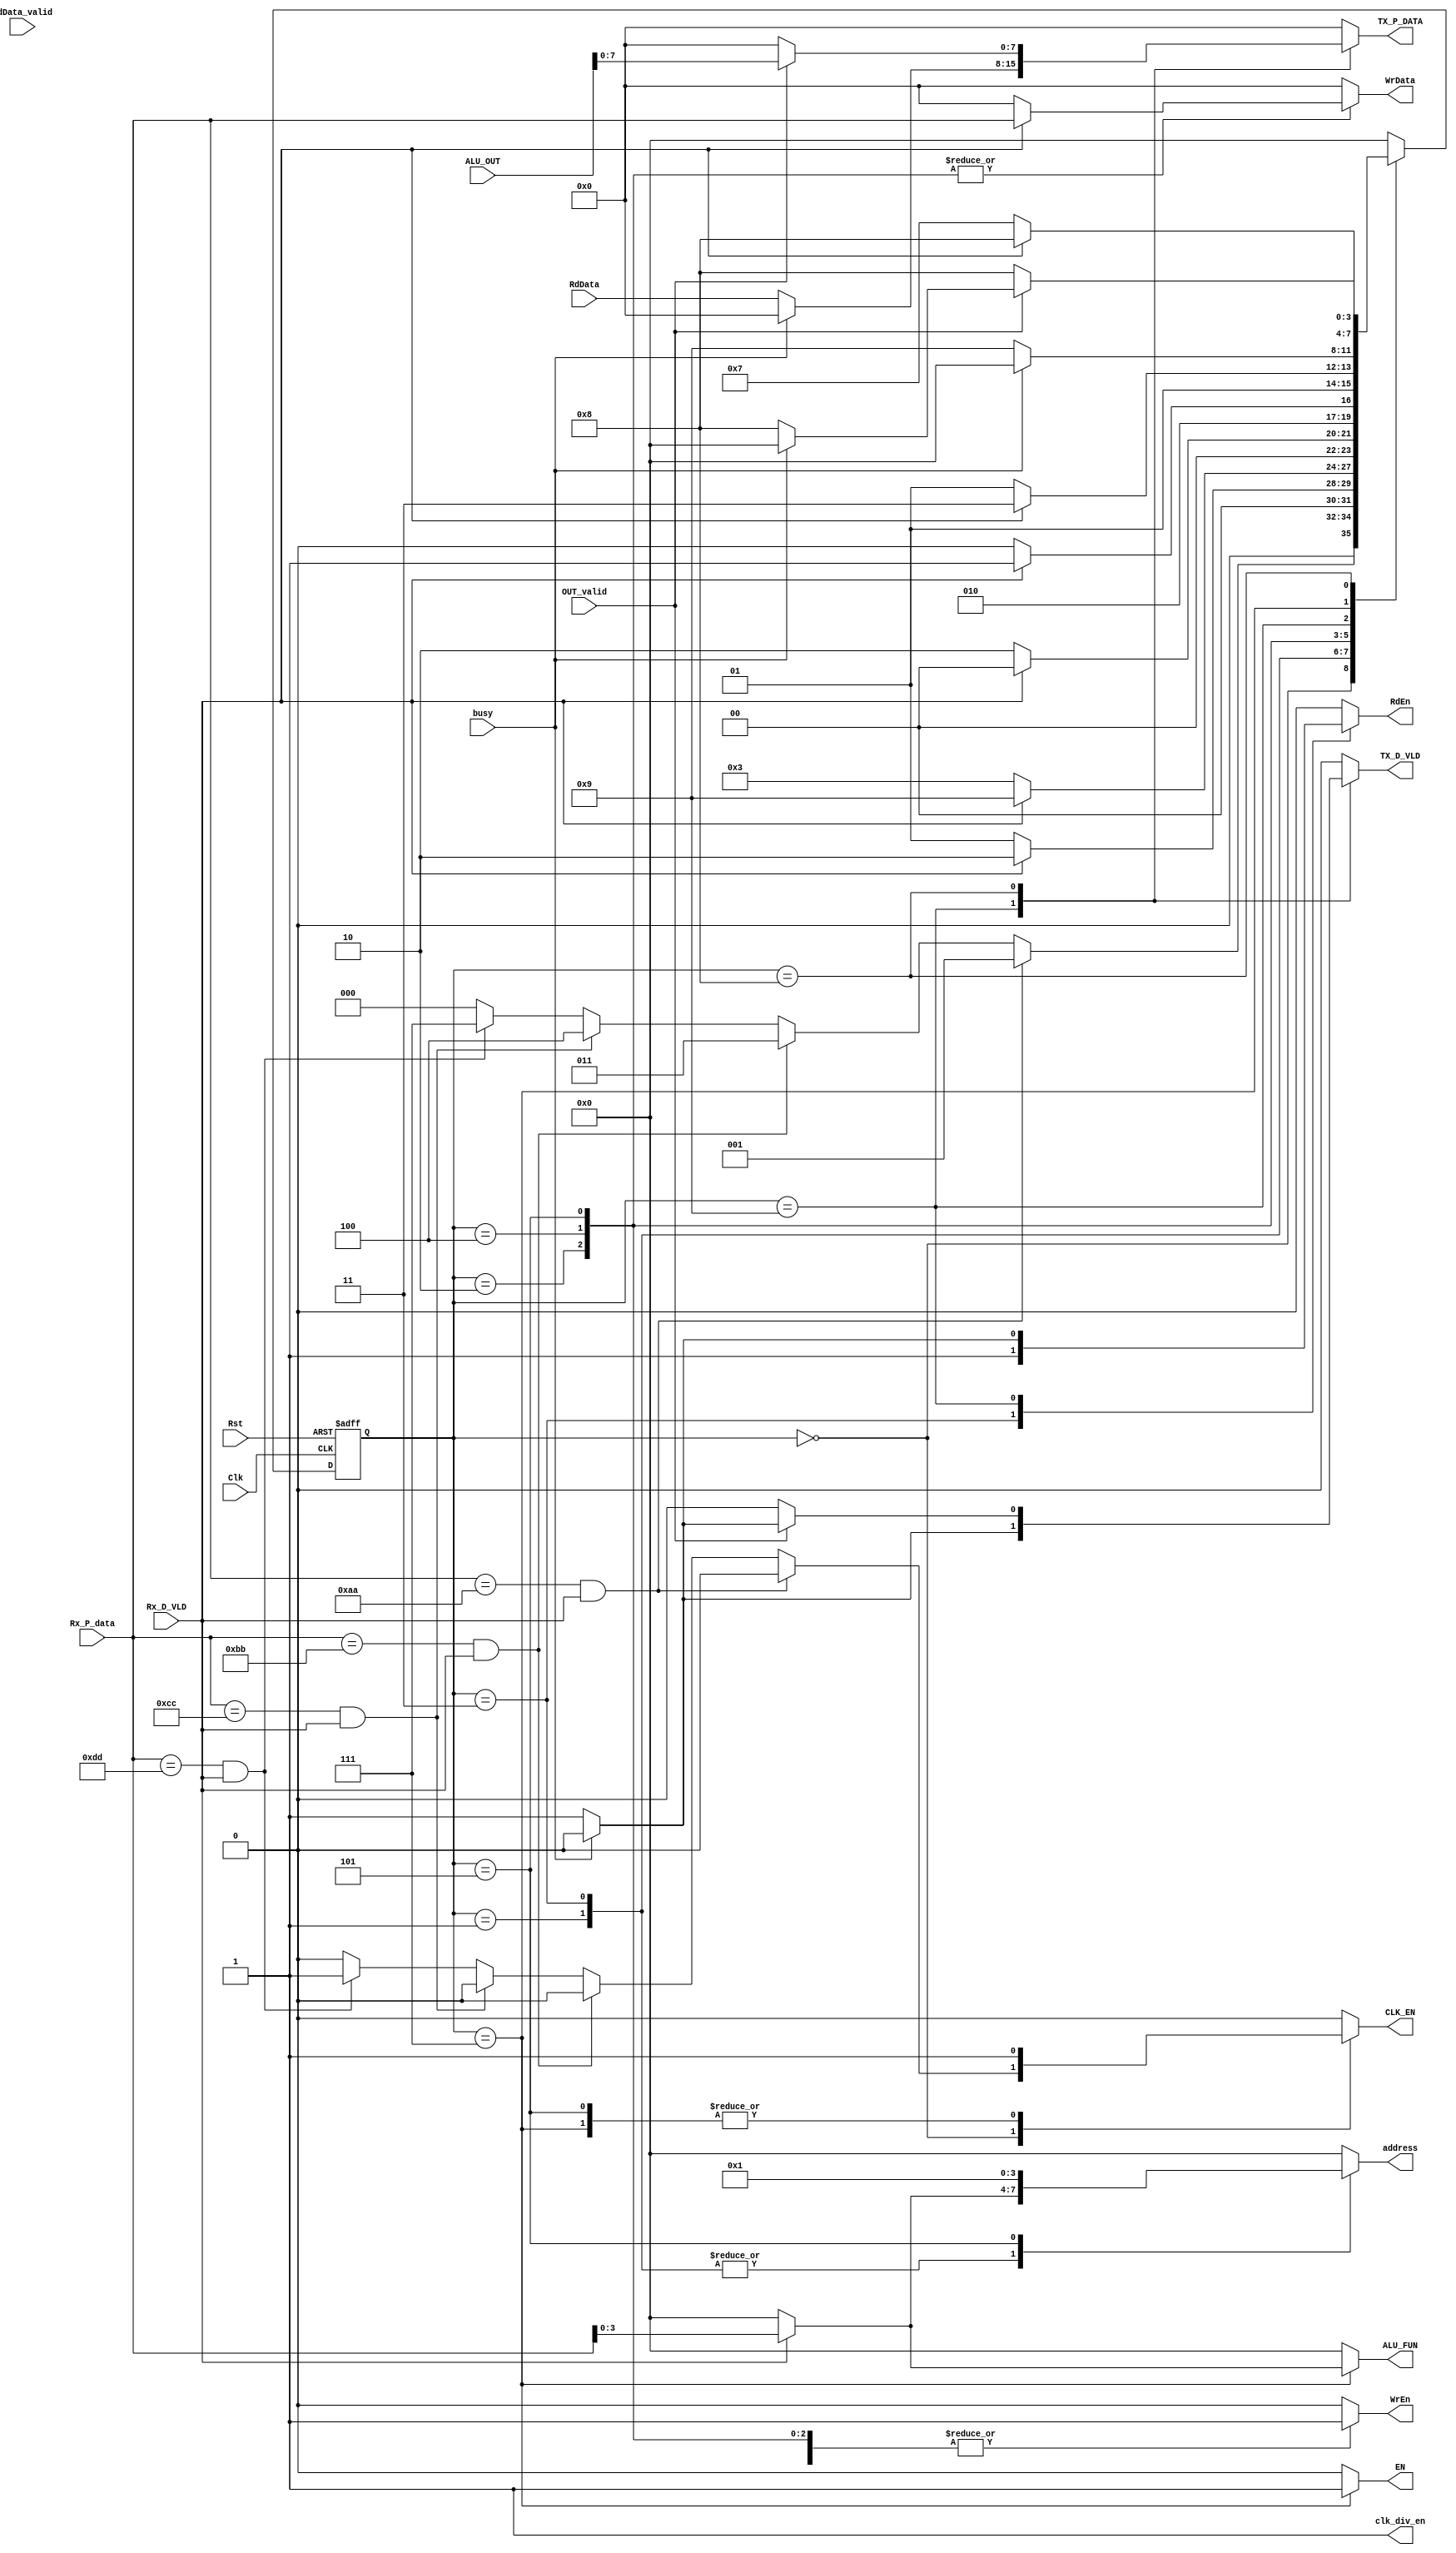
module SYS_CTRL 
 (
  input              Clk,Rst,
  input       [15:0]  ALU_OUT,
  input              OUT_valid,RdData_valid,
  input       [7:0]  RdData,
  output reg         EN,
  output reg  [3:0]  ALU_FUN,
  output reg         CLK_EN,
  output reg  [3:0]  address,
  output reg         WrEn,RdEn,
  output reg  [7:0]  WrData,
  input       [7:0]  Rx_P_data,
  input              Rx_D_VLD,
  output reg  [7:0]  TX_P_DATA,
  output reg         TX_D_VLD,
  input              busy,
  output reg         clk_div_en
);
  reg [3:0] current_state,next_state;
  
  parameter RF_Wr_CMD = 8'b10101010, 
            RF_Rd_CMD = 8'b10111011,
            ALU_OPER_W_OP_CMD=8'b11001100,
            ALU_OPER_W_NOP_CMD = 8'b11011101;
  
  parameter idle = 4'b0000,
            wr_wait_address = 4'b0001,
            write_data_reg = 4'b0010,
            rd_wait_address = 4'b0011,
            ALU_OP_A = 4'b0100,
            ALU_OP_B = 4'b0101,
            ALU_FUNCTION = 4'b0111,
            ALU_result = 4'b1000,
            read_data_reg = 4'b1001;
  
 always @(posedge Clk or negedge Rst)
 begin
   if (!Rst)
     current_state <= idle;
   else
     current_state <= next_state;
 end
 
 always @(*)
 begin
   WrEn=1'b0;
   RdEn=1'b0;
   EN=1'b0;
   TX_D_VLD=1'b0;
   CLK_EN=1'b0;
   clk_div_en=1'b1;
   TX_P_DATA = 8'b0;
   address= 4'b0;
   WrData=8'b0;
   ALU_FUN=4'b0;

   
   case(current_state)
     idle:
     begin
       if(Rx_P_data == RF_Wr_CMD && Rx_D_VLD)
         begin
           next_state = wr_wait_address;
         end
       else if ( Rx_P_data == RF_Rd_CMD && Rx_D_VLD )
         next_state = rd_wait_address;
       else if (Rx_P_data == ALU_OPER_W_OP_CMD && Rx_D_VLD)
         next_state = ALU_OP_A;
       else if ( Rx_P_data == ALU_OPER_W_NOP_CMD && Rx_D_VLD)
         begin
         next_state = ALU_FUNCTION;
         CLK_EN=1'b1;
       end
       else
         next_state = idle;
     end
     
     wr_wait_address:
     begin
       WrEn = 1'b1;
       if (Rx_D_VLD)
         begin
          address = Rx_P_data;
          next_state = write_data_reg;
          end
        else
          next_state = wr_wait_address;
     end
     
     rd_wait_address:
     begin
       RdEn = 1'b1;
       if (Rx_D_VLD)
         begin
          address = Rx_P_data;
          next_state = read_data_reg;
          end
        else
          next_state = rd_wait_address;
     end
     
     write_data_reg:
     begin
       WrEn = 1'b1;
       if (Rx_D_VLD)
         begin
          WrData = Rx_P_data;
          next_state = idle;
          end
        else
          next_state = write_data_reg;
     end
     
     ALU_OP_A:
     begin
       WrEn = 1'b1;
       address=8'b0;
       if (Rx_D_VLD)
         begin
          WrData = Rx_P_data;
          next_state = ALU_OP_B;
          end
        else
          next_state = ALU_OP_A;
     end
     
     ALU_OP_B:
     begin
       WrEn = 1'b1;
       address=1;
       CLK_EN=1'b1;
       if (Rx_D_VLD)
         begin
          WrData = Rx_P_data;
          next_state = ALU_FUNCTION;
          end
        else
          next_state = ALU_OP_B;
     end
     
     read_data_reg:
     begin
       if(!busy)
         begin
           RdEn = 1'b1;
           TX_P_DATA = RdData;
           TX_D_VLD = 1'b1;
           next_state = read_data_reg;
         end
       else
         begin
           TX_D_VLD = 1'b0;
           next_state = idle;
       end
     end
     
     ALU_FUNCTION:
     begin
       EN = 1'b1;
       CLK_EN=1'b1;
       if (Rx_D_VLD)
         begin
          ALU_FUN = Rx_P_data;
          next_state = ALU_result;
          end
        else
          next_state = ALU_FUNCTION;
     end
     
     ALU_result:
     begin
       if(OUT_valid)
         begin
          TX_P_DATA = ALU_OUT;
          if(!busy)
            begin
             TX_D_VLD = 1'b1;
             next_state=ALU_result;
           end
           else
           begin
             TX_D_VLD=1'b0;
             next_state = idle;
           end
         end
        else
          next_state = ALU_result;
     end

default:
begin
 WrEn=1'b0;
   RdEn=1'b0;
   EN=1'b0;
   TX_D_VLD=1'b0;
   CLK_EN=1'b0;
   clk_div_en=1'b1;
   TX_P_DATA = 8'b0;
   address= 4'b0;
   WrData=8'b0;
   ALU_FUN=4'b0;
   next_state=idle;
end

     
 endcase
 end
  
endmodule